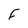
Character: F